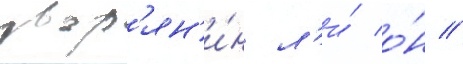
двор'ян'и́н л'и́ о́н //